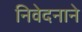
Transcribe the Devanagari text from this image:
निवेदनाने